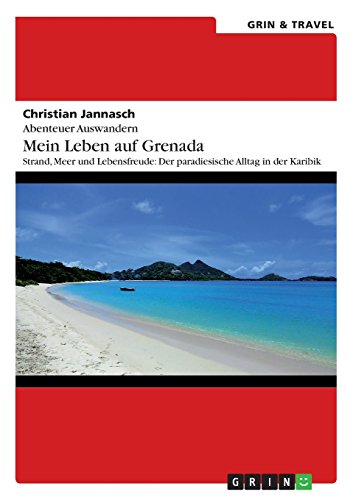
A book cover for Abenteuer Auswandern. Mein Leben Auf Grenada (German Edition); Christian Jannasch; Travel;